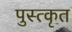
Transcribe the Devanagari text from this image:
पुस्त्कृत